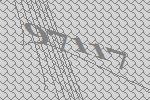
97117